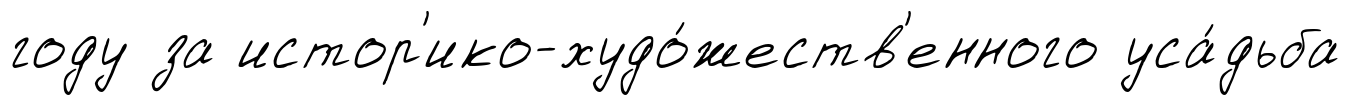
году за истор'ико-худо́жеств'енного уса́дьба